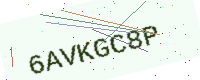
Text: 6AVKGC8P